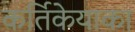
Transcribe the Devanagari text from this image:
कर्तिकेयाका